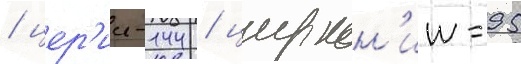
/ цер'ии-144 / циркон'ии-95